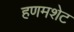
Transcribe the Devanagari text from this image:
हणमशेट